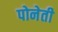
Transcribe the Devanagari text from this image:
पोनेती